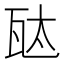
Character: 𬎦